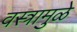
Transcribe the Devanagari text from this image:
वस्त्रामुळे